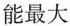
能最大